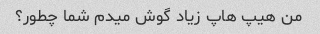
من هیپ هاپ زیاد گوش میدم شما چطور؟